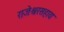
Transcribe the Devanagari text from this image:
राजेश्वरसहाय